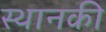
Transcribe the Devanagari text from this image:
स्‍थानकी